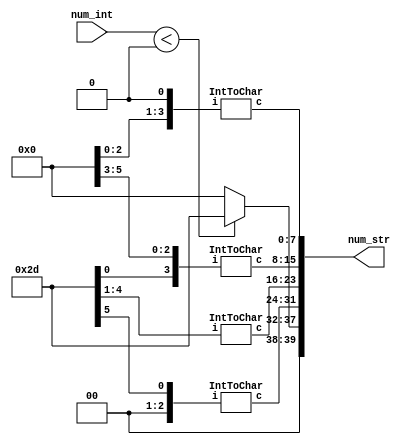
`timescale 1ns / 1ps
//////////////////////////////////////////////////////////////////////////////////
// Company: 
// Engineer: 
// 
// Design Name: 
// Module Name: IntToStr
// Project Name: 
// Target Devices: 
// Tool Versions: 
// Description: 
// 
// Dependencies: 
// 
// Revision:
// Revision 0.01 - File Created
// Additional Comments:
// 
//////////////////////////////////////////////////////////////////////////////////


module IntToStr(
    input signed [31:0] num_int,
    output [39:0] num_str
    );
    wire [7:0] snum0, snum1, snum2, snum3, sign;
    wire [3:0] inum0, inum1, inum2, inum3;
    wire [3:0] i0, i1, i2, i3;
    wire neg;
    wire [31:0] val;
    
    assign neg = (num_int<0);
    assign sign = (neg) ? 8'h2D : 8'h00;
    assign val = (neg) ? -num_int: num_int;
    assign i0 = val % 10;
    assign i1 = (val / 10) % 10;
    assign i2 = (val / 100) %10;
    assign i3 = val / 1000;
   
    IntToChar c0(inum0, snum0);
    IntToChar c1(inum1, snum1);
    IntToChar c2(inum2, snum2);
    IntToChar c3(inum3, snum3);
    
    assign num_str = {sign, snum3, snum2, snum1, snum0};
    
endmodule


module IntToChar(
    input [3:0] i, 
    output reg [7:0] c
    );
    
    always @(i) begin
        case(i)
            0: c=8'h30;
            1: c=8'h31;
            2: c=8'h32;
            3: c=8'h33;
            4: c=8'h34;
            5: c=8'h35;
            6: c=8'h36;
            7: c=8'h37;
            8: c=8'h38;
            9: c=8'h39;
        endcase
    end
endmodule